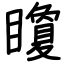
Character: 矎